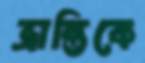
ভ্রান্তিকে